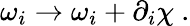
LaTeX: \omega_{i}\rightarrow\omega_{i}+\partial_{i}\chi\ .